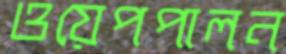
ওয়েপপালন